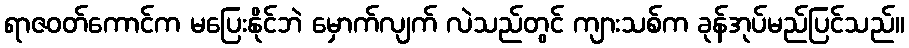
ရာဇဝတ်ကောင်က မပြေးနိုင်ဘဲ မှောက်လျက် လဲသည်တွင် ကျားသစ်က ခုန်အုပ်မည်ပြင်သည်။